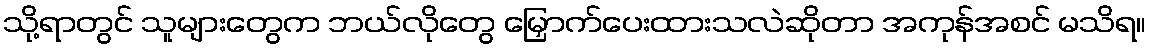
သို့ရာတွင် သူများတွေက ဘယ်လိုတွေ မြှောက်ပေးထားသလဲဆိုတာ အကုန်အစင် မသိရ။